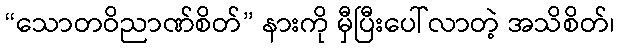
“သောတဝိညာဏ်စိတ်” နားကို မှီပြီးပေါ်လာတဲ့ အသိစိတ်၊